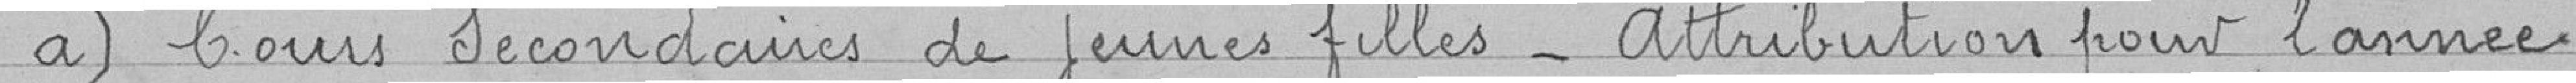
a) Cours secondaires de jeunes filles. Attribution pour l'année